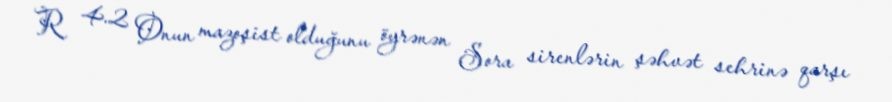
R 4.2 Onun mazoşist olduğunu öyrənən Sora sirenlərin şəhvət sehrinə qarşı